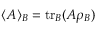
\langle A \rangle _ { B } = \mathrm { t r } _ { B } ( A \rho _ { B } )